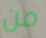
من